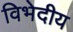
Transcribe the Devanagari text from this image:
विभेदीय